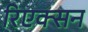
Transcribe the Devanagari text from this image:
रिएक्सन